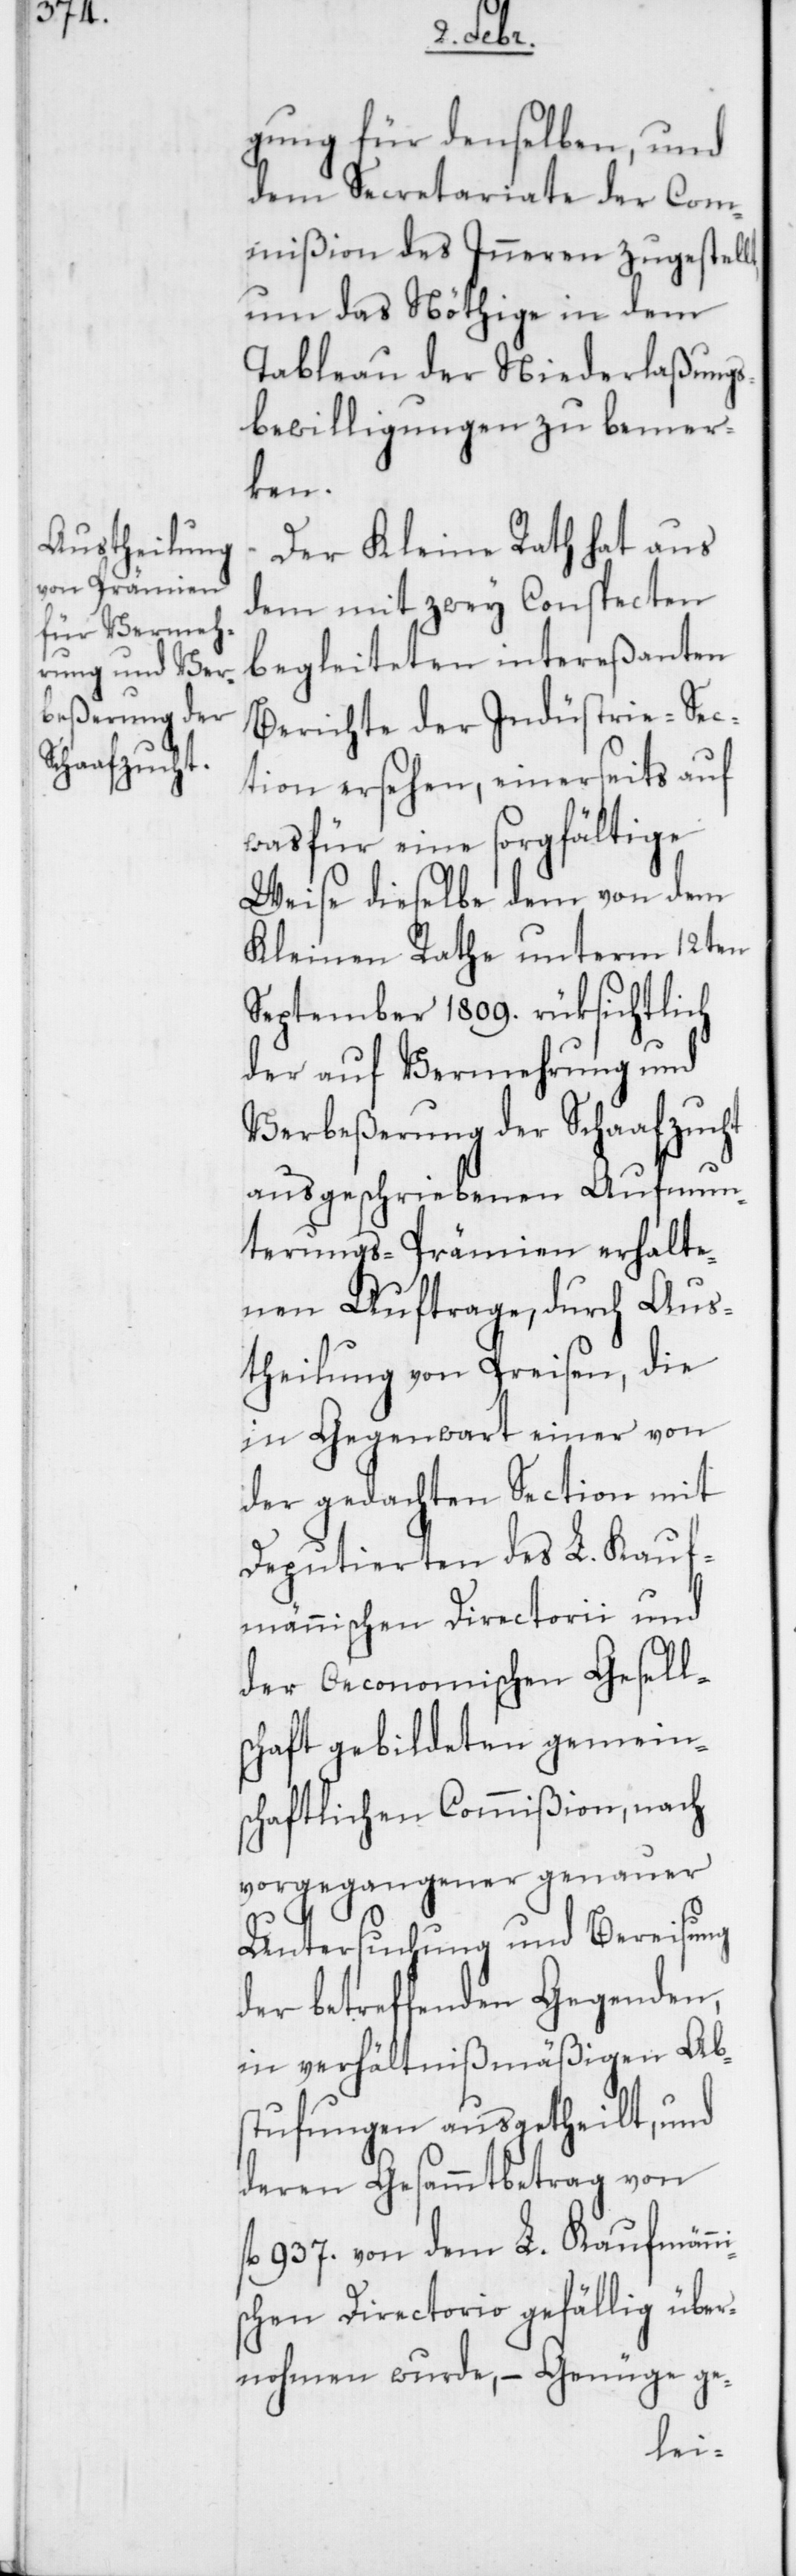
gung für denselben, und
dem Secretariate der Com¬
mißion des Inneren zugestel¬
um das Nöthige in dem
Tableau der Niederlaßungs¬
bewilligungen zu bemer¬
ken.
Der Kleine Rath hat aus
dem mit zwey Conspecten
begleiteten intereßanten
Berichte der Industrie-Sec¬
tion ersehen, einerseits auf
was für eine sorgfältige
Weise dieselbe dem von dem
Kleinen Rathe unterm 12ten
September 1809. rüksichtlich
der auf Vermehrung und
Verbeßerung der Schaafzucht
ausgeschriebenen Aufmun¬
terungs-Prämien erhalte¬
nen Auftrage, durch Aus¬
theilung von Preisen, die
in Gegenwart einer von
der gedachten Section mit
Deputierten des L. Kauf¬
männischen Directorii und
der Oeconomischen Gesell¬
schaft gebildeten gemein¬
schaftlichen Commißion, nach
vorgegangener genauer
Untersuchung und Bereisung
der betreffenden Gegenden,
in verhältnißmäßigen Ab¬
stufungen ausgetheilt, und
deren Gesammtbetrag von
fl. 937. von dem L. Kaufmänni¬
schen Directorio gefällig über¬
nohmen wurde, – Genüge ge-
lt,